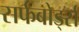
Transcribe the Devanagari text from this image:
सर्फबोर्ड्स